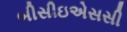
બીસીઇએસસી